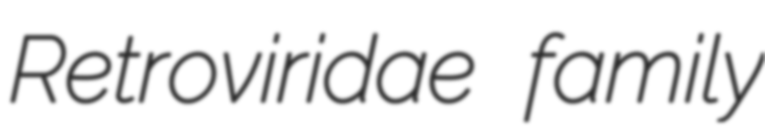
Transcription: Retroviridae family